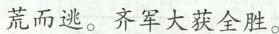
荒而逃。齐军大获全胜。